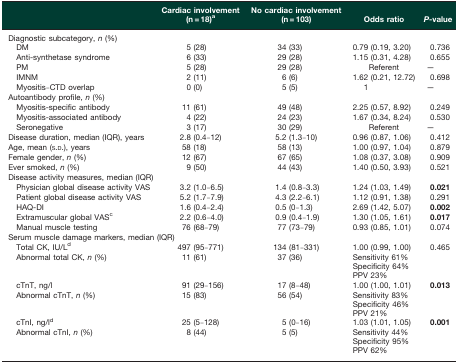
<table><thead><tr><td></td><td><b>Cardiac involvement (n = 18)<sup>a</sup></b></td><td><b>No cardiac involvement (n = 103)</b></td><td><b>Odds ratio</b></td><td><b><i>P</i>-value</b></td></tr></thead><tbody><tr><td colspan="5">Diagnostic subcategory, <i>n</i> (%)</td></tr><tr><td>DM</td><td>5 (28)</td><td>34 (33)</td><td>0.79 (0.19, 3.20)</td><td>0.736</td></tr><tr><td>Anti-synthetase syndrome</td><td>6 (33)</td><td>29 (28)</td><td>1.15 (0.31, 4.28)</td><td>0.655</td></tr><tr><td>PM</td><td>5 (28)</td><td>29 (28)</td><td>Referent</td><td>—</td></tr><tr><td>IMNM</td><td>2 (11)</td><td>6 (6)</td><td>1.62 (0.21, 12.72)</td><td>0.698</td></tr><tr><td>Myositis–CTD overlap</td><td>0 (0)</td><td>5 (5)</td><td>1</td><td>—</td></tr><tr><td colspan="5">Autoantibody profile, <i>n</i> (%)</td></tr><tr><td>Myositis-specific antibody</td><td>11 (61)</td><td>49 (48)</td><td>2.25 (0.57, 8.92)</td><td>0.249</td></tr><tr><td>Myositis-associated antibody</td><td>4 (22)</td><td>24 (23)</td><td>1.67 (0.34, 8.24)</td><td>0.530</td></tr><tr><td>Seronegative</td><td>3 (17)</td><td>30 (29)</td><td>Referent</td><td>—</td></tr><tr><td>Disease duration, median (IQR), years</td><td>2.8 (0.4–12)</td><td>5.2 (1.3–10)</td><td>0.96 (0.87, 1.06)</td><td>0.412</td></tr><tr><td>Age, mean (s.d.), years</td><td>58 (18)</td><td>58 (13)</td><td>1.00 (0.97, 1.04)</td><td>0.879</td></tr><tr><td>Female gender, <i>n</i> (%)</td><td>12 (67)</td><td>67 (65)</td><td>1.08 (0.37, 3.08)</td><td>0.909</td></tr><tr><td>Ever smoked, <i>n</i> (%)</td><td>9 (50)</td><td>44 (43)</td><td>1.40 (0.50, 3.93)</td><td>0.521</td></tr><tr><td colspan="5">Disease activity measures, median (IQR)</td></tr><tr><td>Physician global disease activity VAS</td><td>3.2 (1.0–6.5)</td><td>1.4 (0.8–3.3)</td><td>1.24 (1.03, 1.49)</td><td><b>0.021</b></td></tr><tr><td>Patient global disease activity VAS</td><td>5.2 (1.7–7.9)</td><td>4.3 (2.2–6.1)</td><td>1.12 (0.91, 1.38)</td><td>0.291</td></tr><tr><td>HAQ-DI</td><td>1.6 (0.4–2.4)</td><td>0.5 (0–1.3)</td><td>2.69 (1.42, 5.07)</td><td><b>0.002</b></td></tr><tr><td>Extramuscular global VAS<sup>c</sup></td><td>2.2 (0.6–4.0)</td><td>0.9 (0.4–1.9)</td><td>1.30 (1.05, 1.61)</td><td><b>0.017</b></td></tr><tr><td>Manual muscle testing</td><td>76 (68–79)</td><td>77 (73–79)</td><td>0.93 (0.85, 1.01)</td><td>0.074</td></tr><tr><td colspan="5">Serum muscle damage markers, median (IQR)</td></tr><tr><td>Total CK, IU/L<sup>d</sup></td><td>497 (95–771)</td><td>134 (81–331)</td><td>1.00 (0.99, 1.00)</td><td>0.465</td></tr><tr><td>Abnormal total CK, <i>n</i> (%)</td><td>11 (61)</td><td>37 (36)</td><td colspan="2">Sensitivity 61% Specificity 64% PPV 23%</td></tr><tr><td>cTnT, ng/l</td><td>91 (29–156)</td><td>17 (8–48)</td><td>1.00 (1.00, 1.01)</td><td><b>0.013</b></td></tr><tr><td>Abnormal cTnT, <i>n</i> (%)</td><td>15 (83)</td><td>56 (54)</td><td colspan="2">Sensitivity 83% Specificity 46% PPV 21%</td></tr><tr><td>cTnI, ng/l<sup>d</sup></td><td>25 (5–128)</td><td>5 (0–16)</td><td>1.03 (1.01, 1.05)</td><td><b>0.001</b></td></tr><tr><td>Abnormal cTnI, <i>n</i> (%)</td><td>8 (44)</td><td>5 (5)</td><td colspan="2">Sensitivity 44% Specificity 95% PPV 62%</td></tr></tbody></table>